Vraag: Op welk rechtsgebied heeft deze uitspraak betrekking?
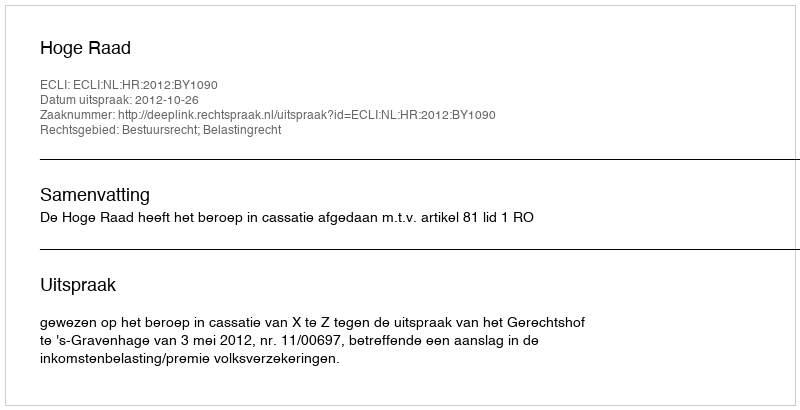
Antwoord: Bestuursrecht; Belastingrecht